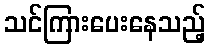
သင်ကြားပေးနေသည့်